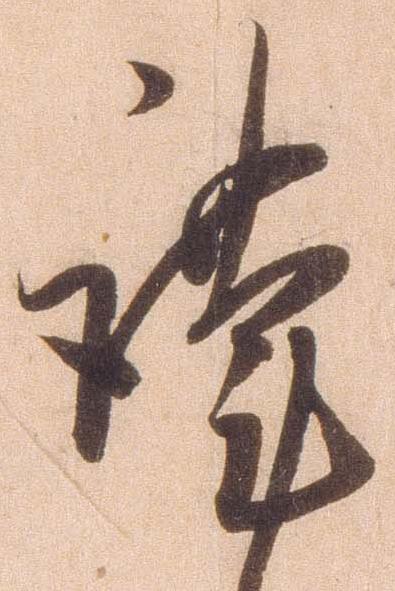
謹